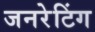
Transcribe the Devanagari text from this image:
जनरेटिंग